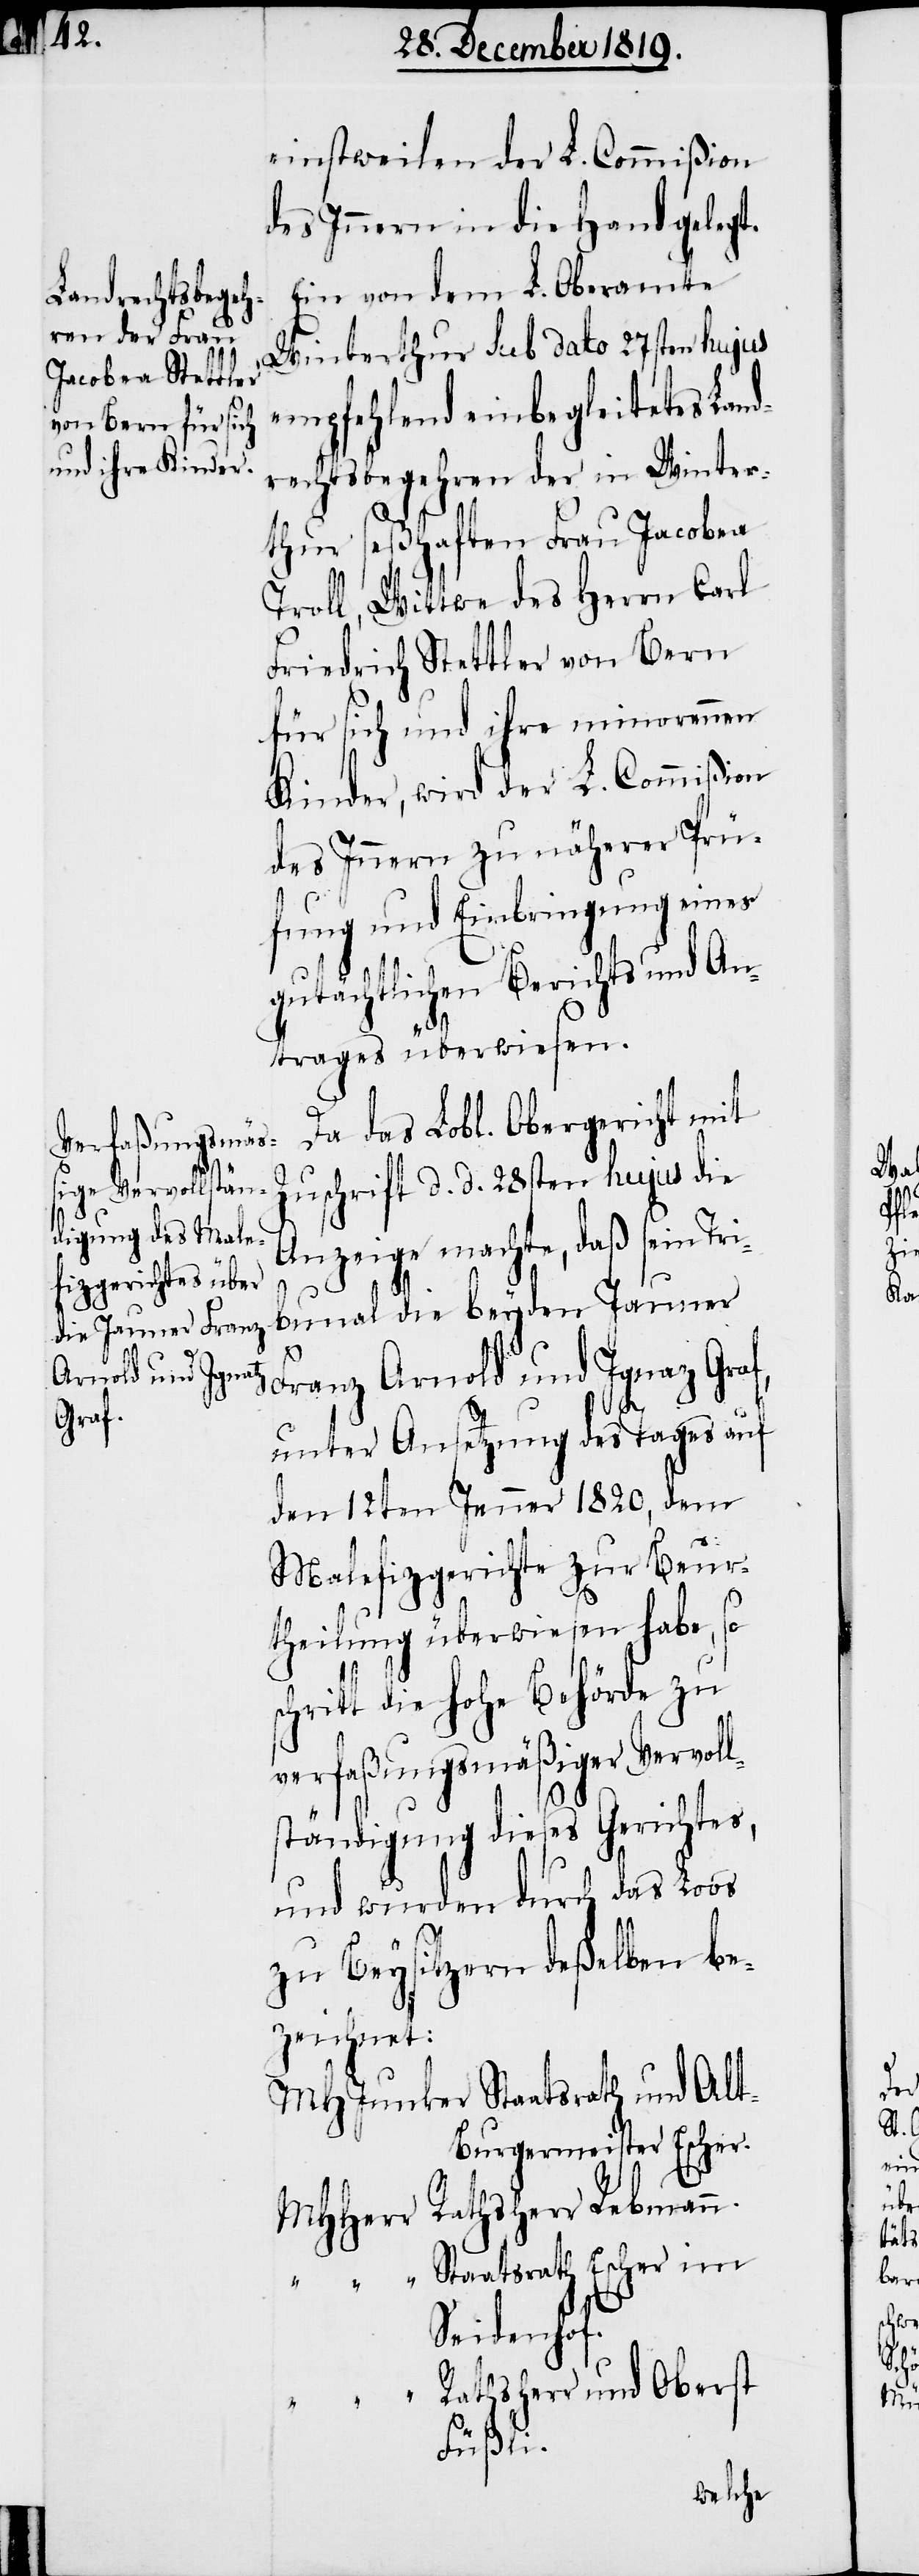
Graf,

einstweilen der L. Commißion
des Innern in die Hand gelegt.
Ein von dem L. Oberamte
Winterthur sub dato 27sten hujus
empfehlend einbegleitetes Land¬
rechtsbegehren der in Winter¬
thur seßhaften Frau Jacobea
Troll, Wittwe des Herrn Carl
Friedrich Stettler von Bern
für sich und ihre minorennen
Kinder, wird der L. Commißion
des Innern zu näherer Prü¬
fung und Einbringung eines
gutächtlichen Berichts und An¬
trages überwiesen.
Da das Lobl. Obergericht mit
Zuschrift d. d. 28sten hujus die
Anzeige machte, daß sein Tri¬
bunal die beyden Jauner
Franz Arnold und Ignaz
unter Ansetzung des Tages auf
den 12ten Jenner 1820., dem
Malefizgerichte zur Beur¬
theilung überwiesen habe, so
schritt die hohe Behörde zu
verfaßungsmäßiger Vervoll¬
ständigung dieses Gerichts,
und wurden durch das Loos
zu Beysitzern deßelben be¬
zeichnet:
MHJunker Staatsrath und Al¬
t-Burgermeister Escher.
MHHerr Rathsherr Rebmann.
Staatsrath Escher im
Seidenhof.
Rathsherr und Oberst
Füßli.